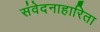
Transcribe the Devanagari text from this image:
संवेदनाहारिता